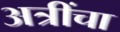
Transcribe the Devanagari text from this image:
अत्रींचा